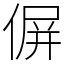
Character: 偋